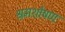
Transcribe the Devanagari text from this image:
श्रमशोषण